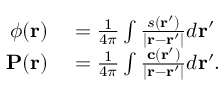
\begin{array} { r l } { \phi ( \mathbf { r } ) } & { { } = \frac { 1 } { 4 \pi } \int \frac { s ( \mathbf { r } ^ { \prime } ) } { | \mathbf { r } - \mathbf { r } ^ { \prime } | } d \mathbf { r } ^ { \prime } } \\ { \mathbf { P } ( \mathbf { r } ) } & { { } = \frac { 1 } { 4 \pi } \int \frac { \mathbf { c } ( \mathbf { r } ^ { \prime } ) } { | \mathbf { r } - \mathbf { r } ^ { \prime } | } d \mathbf { r } ^ { \prime } . } \end{array}